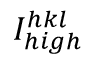
I _ { h i g h } ^ { h k l }